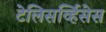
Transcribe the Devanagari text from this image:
टेलिसर्व्हिसेस